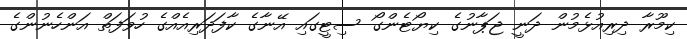
ކިމޫރާ ދިރިއުޅެމުން ދަނީ ޖަޕާނުގެ ކިޔޯޓެންގޯ ސިޓީގައި އޭނާގެ ކާފަދަރިއެއްގެ ހުވަފަތް އަންހެނުންގެ